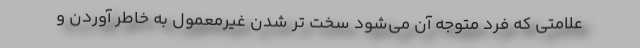
علامتی که فرد متوجه آن می‌شود سخت تر شدن غیرمعمول به خاطر آوردن و